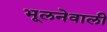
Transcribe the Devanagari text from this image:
भूलनेवाली